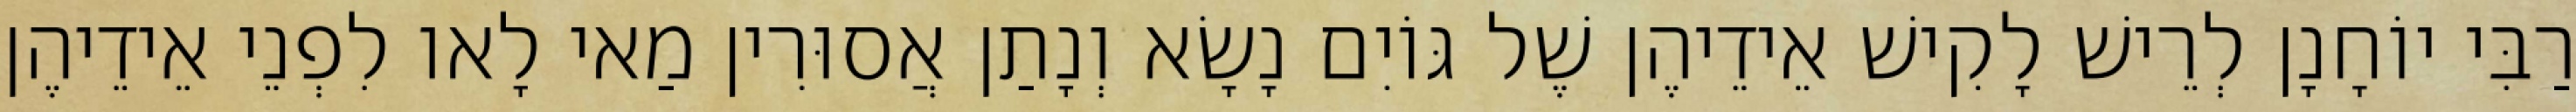
רַבִּי יוֹחָנָן לְרֵישׁ לָקִישׁ אֵידֵיהֶן שֶׁל גּוֹיִם נָשָׂא וְנָתַן אֲסוּרִין מַאי לָאו לִפְנֵי אֵידֵיהֶן